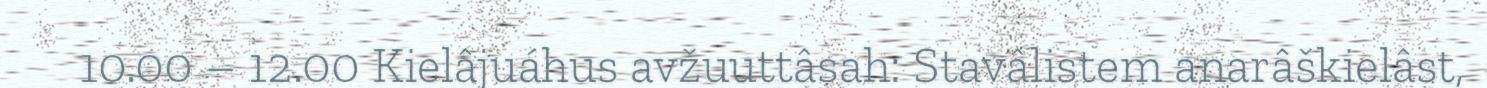
10.00 – 12.00 Kielâjuáhus avžuuttâsah: Stavâlistem anarâškielâst,